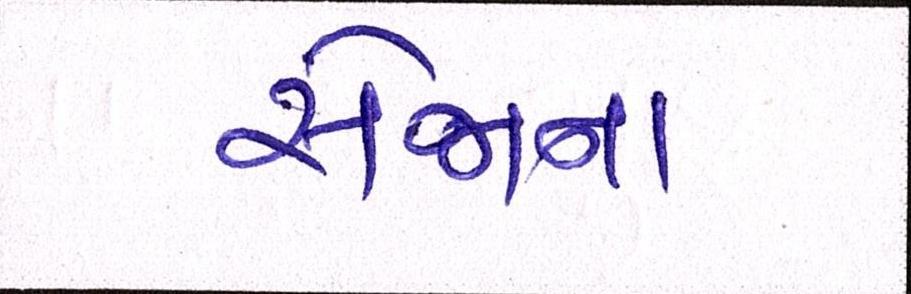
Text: સેજાના